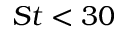
S t < 3 0